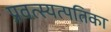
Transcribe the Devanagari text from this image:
प्रवत्स्यत्पतिका